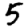
Digit: 5